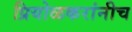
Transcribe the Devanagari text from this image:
प्रियोळकरांनीच